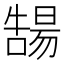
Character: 𡀻